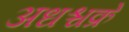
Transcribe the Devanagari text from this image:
अधश्चक्रे